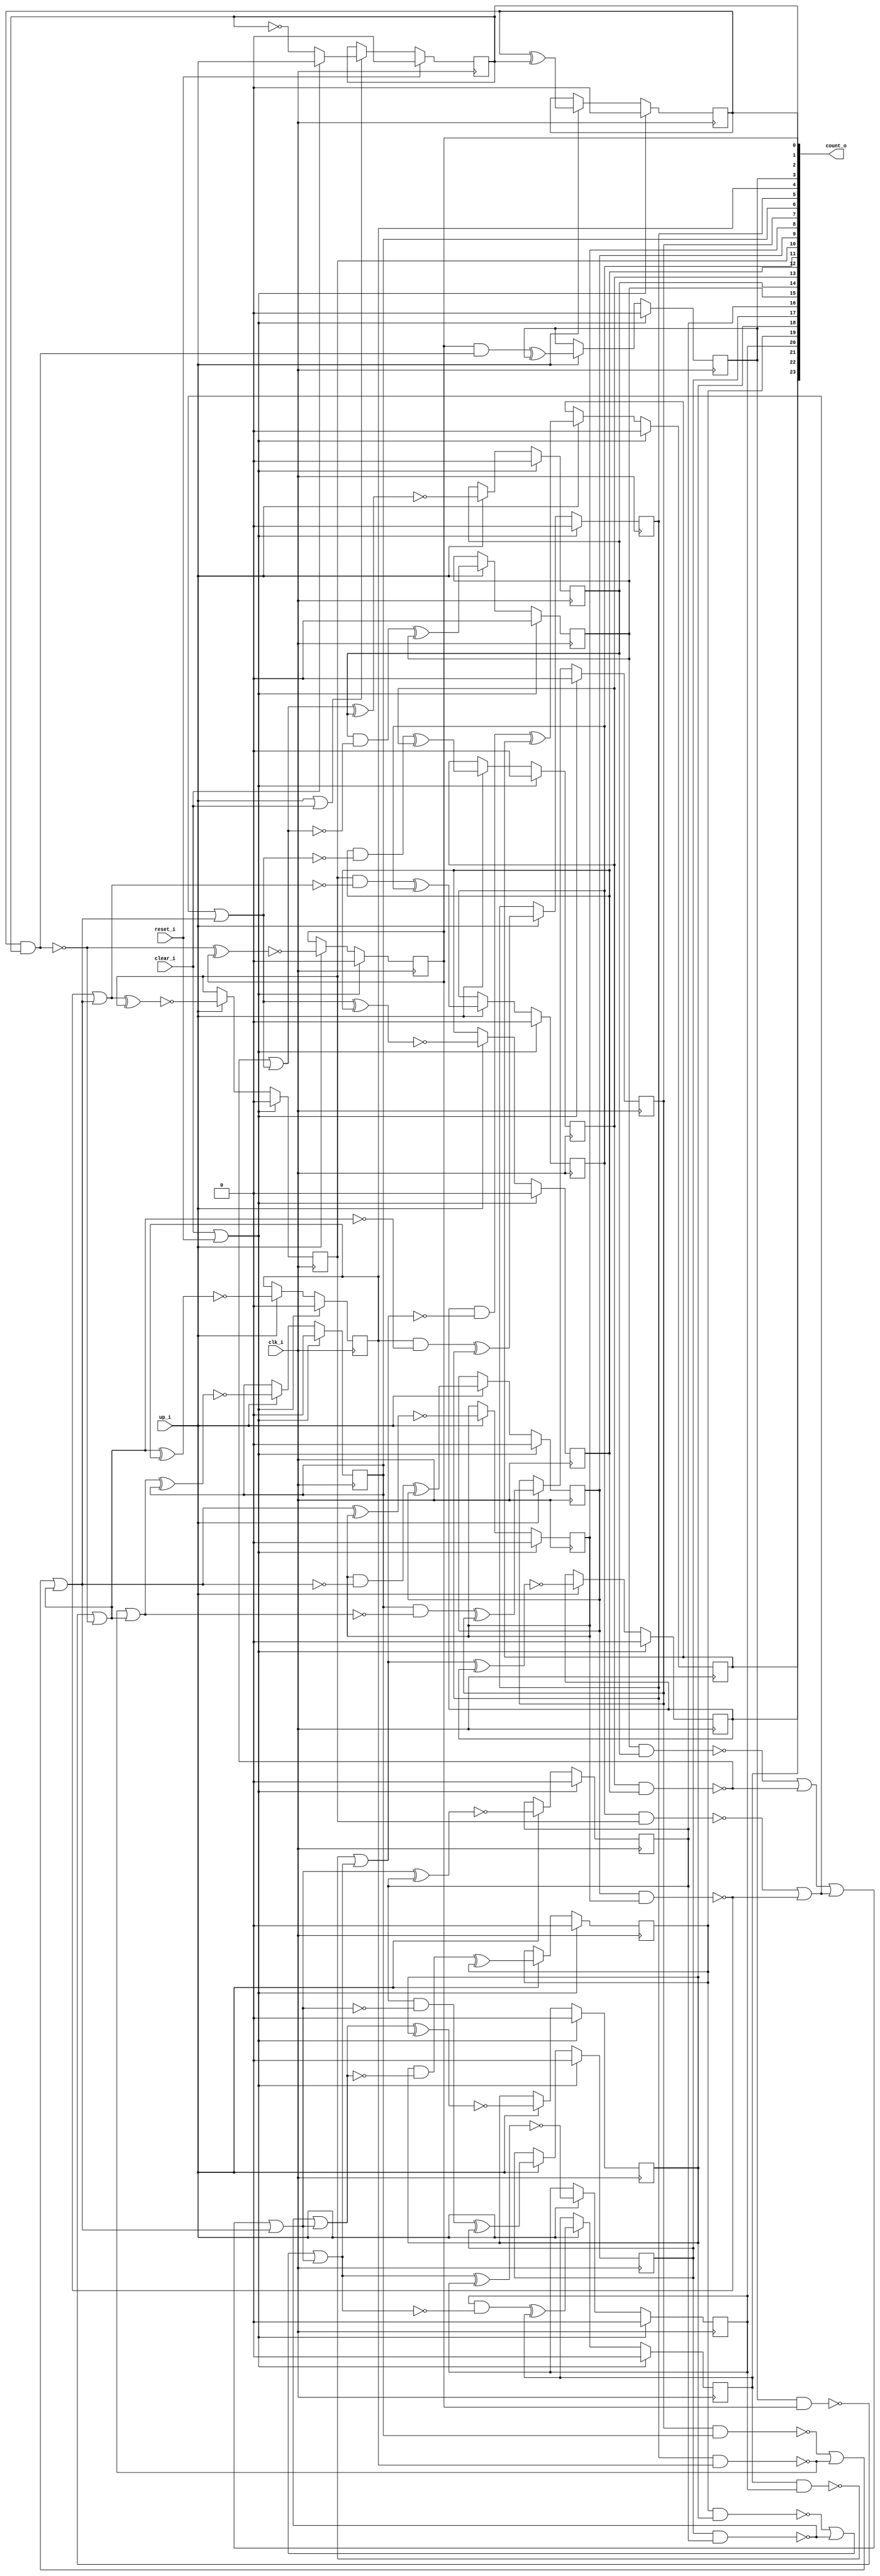
// This program was cloned from: https://github.com/chipsalliance/UHDM-integration-tests
// License: Apache License 2.0

/* Generated by Yosys 0.27+9 (git sha1 101d19bb6, gcc 11.2.0-7ubuntu2 -fPIC -Os) */

(* top =  1  *)

module bsg_counter_clear_up(clk_i, reset_i, clear_i, up_i, count_o);
  wire _000_;
  wire _001_;
  wire _002_;
  wire _003_;
  wire _004_;
  wire _005_;
  wire _006_;
  wire _007_;
  wire _008_;
  wire _009_;
  wire _010_;
  wire _011_;
  wire _012_;
  wire _013_;
  wire _014_;
  wire _015_;
  wire _016_;
  wire _017_;
  wire _018_;
  wire _019_;
  wire _020_;
  wire _021_;
  wire _022_;
  wire _023_;
  wire _024_;
  wire _025_;
  wire _026_;
  wire _027_;
  wire _028_;
  wire _029_;
  wire _030_;
  wire _031_;
  wire _032_;
  wire _033_;
  wire _034_;
  wire _035_;
  wire _036_;
  wire _037_;
  wire _038_;
  wire _039_;
  wire _040_;
  (* force_downto = 32'd1 *)
  
  (* unused_bits = "0" *)
  wire [23:0] _041_;
  
  input clear_i;
  wire clear_i;
  
  input clk_i;
  wire clk_i;
  
  output [23:0] count_o;
  reg [23:0] count_o;
  
  input reset_i;
  wire reset_i;
  
  input up_i;
  wire up_i;
  assign _001_ = clear_i | reset_i;
  assign _000_ = up_i | clear_i;
  assign _014_ = ~count_o[0];
  assign _002_ = clear_i ? up_i : _014_;
  assign _041_[1] = count_o[1] ^ count_o[0];
  assign _015_ = ~(count_o[1] & count_o[0]);
  assign _041_[2] = ~(_015_ ^ count_o[2]);
  assign _016_ = count_o[2] & ~(_015_);
  assign _041_[3] = _016_ ^ count_o[3];
  assign _017_ = ~(count_o[3] & count_o[2]);
  assign _018_ = _017_ | _015_;
  assign _041_[4] = ~(_018_ ^ count_o[4]);
  assign _019_ = count_o[4] & ~(_018_);
  assign _041_[5] = _019_ ^ count_o[5];
  assign _020_ = ~(count_o[5] & count_o[4]);
  assign _021_ = _020_ | _018_;
  assign _041_[6] = ~(_021_ ^ count_o[6]);
  assign _022_ = count_o[6] & ~(_021_);
  assign _041_[7] = _022_ ^ count_o[7];
  assign _023_ = ~(count_o[7] & count_o[6]);
  assign _024_ = _023_ | _020_;
  assign _025_ = _024_ | _018_;
  assign _041_[8] = ~(_025_ ^ count_o[8]);
  assign _026_ = count_o[8] & ~(_025_);
  assign _041_[9] = _026_ ^ count_o[9];
  assign _027_ = ~(count_o[9] & count_o[8]);
  assign _028_ = _027_ | _025_;
  assign _041_[10] = ~(_028_ ^ count_o[10]);
  assign _029_ = count_o[10] & ~(_028_);
  assign _041_[11] = _029_ ^ count_o[11];
  assign _030_ = ~(count_o[11] & count_o[10]);
  assign _031_ = _030_ | _027_;
  assign _032_ = _031_ | _025_;
  assign _041_[12] = ~(_032_ ^ count_o[12]);
  assign _033_ = count_o[12] & ~(_032_);
  assign _041_[13] = _033_ ^ count_o[13];
  assign _034_ = ~(count_o[13] & count_o[12]);
  assign _035_ = _034_ | _032_;
  assign _041_[14] = ~(_035_ ^ count_o[14]);
  assign _036_ = count_o[14] & ~(_035_);
  assign _041_[15] = _036_ ^ count_o[15];
  assign _037_ = ~(count_o[15] & count_o[14]);
  assign _038_ = _037_ | _034_;
  assign _039_ = _038_ | _031_;
  assign _040_ = _039_ | _025_;
  assign _041_[16] = ~(_040_ ^ count_o[16]);
  assign _003_ = count_o[16] & ~(_040_);
  assign _041_[17] = _003_ ^ count_o[17];
  assign _004_ = ~(count_o[17] & count_o[16]);
  assign _005_ = _004_ | _040_;
  assign _041_[18] = ~(_005_ ^ count_o[18]);
  assign _006_ = count_o[18] & ~(_005_);
  assign _041_[19] = _006_ ^ count_o[19];
  assign _007_ = ~(count_o[19] & count_o[18]);
  assign _008_ = _007_ | _004_;
  assign _009_ = _008_ | _040_;
  assign _041_[20] = ~(_009_ ^ count_o[20]);
  assign _010_ = count_o[20] & ~(_009_);
  assign _041_[21] = _010_ ^ count_o[21];
  assign _011_ = ~(count_o[21] & count_o[20]);
  assign _012_ = _011_ | _009_;
  assign _041_[22] = ~(_012_ ^ count_o[22]);
  assign _013_ = count_o[22] & ~(_012_);
  assign _041_[23] = _013_ ^ count_o[23];
  (* \always_ff  = 32'd1 *)
  
  always @(posedge clk_i)
    if (reset_i) count_o[0] <= 1'h0;
    else if (_000_) count_o[0] <= _002_;
  (* \always_ff  = 32'd1 *)
  
  always @(posedge clk_i)
    if (_001_) count_o[1] <= 1'h0;
    else if (up_i) count_o[1] <= _041_[1];
  (* \always_ff  = 32'd1 *)
  
  always @(posedge clk_i)
    if (_001_) count_o[2] <= 1'h0;
    else if (up_i) count_o[2] <= _041_[2];
  (* \always_ff  = 32'd1 *)
  
  always @(posedge clk_i)
    if (_001_) count_o[3] <= 1'h0;
    else if (up_i) count_o[3] <= _041_[3];
  (* \always_ff  = 32'd1 *)
  
  always @(posedge clk_i)
    if (_001_) count_o[4] <= 1'h0;
    else if (up_i) count_o[4] <= _041_[4];
  (* \always_ff  = 32'd1 *)
  
  always @(posedge clk_i)
    if (_001_) count_o[5] <= 1'h0;
    else if (up_i) count_o[5] <= _041_[5];
  (* \always_ff  = 32'd1 *)
  
  always @(posedge clk_i)
    if (_001_) count_o[6] <= 1'h0;
    else if (up_i) count_o[6] <= _041_[6];
  (* \always_ff  = 32'd1 *)
  
  always @(posedge clk_i)
    if (_001_) count_o[7] <= 1'h0;
    else if (up_i) count_o[7] <= _041_[7];
  (* \always_ff  = 32'd1 *)
  
  always @(posedge clk_i)
    if (_001_) count_o[8] <= 1'h0;
    else if (up_i) count_o[8] <= _041_[8];
  (* \always_ff  = 32'd1 *)
  
  always @(posedge clk_i)
    if (_001_) count_o[9] <= 1'h0;
    else if (up_i) count_o[9] <= _041_[9];
  (* \always_ff  = 32'd1 *)
  
  always @(posedge clk_i)
    if (_001_) count_o[10] <= 1'h0;
    else if (up_i) count_o[10] <= _041_[10];
  (* \always_ff  = 32'd1 *)
  
  always @(posedge clk_i)
    if (_001_) count_o[11] <= 1'h0;
    else if (up_i) count_o[11] <= _041_[11];
  (* \always_ff  = 32'd1 *)
  
  always @(posedge clk_i)
    if (_001_) count_o[12] <= 1'h0;
    else if (up_i) count_o[12] <= _041_[12];
  (* \always_ff  = 32'd1 *)
  
  always @(posedge clk_i)
    if (_001_) count_o[13] <= 1'h0;
    else if (up_i) count_o[13] <= _041_[13];
  (* \always_ff  = 32'd1 *)
  
  always @(posedge clk_i)
    if (_001_) count_o[14] <= 1'h0;
    else if (up_i) count_o[14] <= _041_[14];
  (* \always_ff  = 32'd1 *)
  
  always @(posedge clk_i)
    if (_001_) count_o[15] <= 1'h0;
    else if (up_i) count_o[15] <= _041_[15];
  (* \always_ff  = 32'd1 *)
  
  always @(posedge clk_i)
    if (_001_) count_o[16] <= 1'h0;
    else if (up_i) count_o[16] <= _041_[16];
  (* \always_ff  = 32'd1 *)
  
  always @(posedge clk_i)
    if (_001_) count_o[17] <= 1'h0;
    else if (up_i) count_o[17] <= _041_[17];
  (* \always_ff  = 32'd1 *)
  
  always @(posedge clk_i)
    if (_001_) count_o[18] <= 1'h0;
    else if (up_i) count_o[18] <= _041_[18];
  (* \always_ff  = 32'd1 *)
  
  always @(posedge clk_i)
    if (_001_) count_o[19] <= 1'h0;
    else if (up_i) count_o[19] <= _041_[19];
  (* \always_ff  = 32'd1 *)
  
  always @(posedge clk_i)
    if (_001_) count_o[20] <= 1'h0;
    else if (up_i) count_o[20] <= _041_[20];
  (* \always_ff  = 32'd1 *)
  
  always @(posedge clk_i)
    if (_001_) count_o[21] <= 1'h0;
    else if (up_i) count_o[21] <= _041_[21];
  (* \always_ff  = 32'd1 *)
  
  always @(posedge clk_i)
    if (_001_) count_o[22] <= 1'h0;
    else if (up_i) count_o[22] <= _041_[22];
  (* \always_ff  = 32'd1 *)
  
  always @(posedge clk_i)
    if (_001_) count_o[23] <= 1'h0;
    else if (up_i) count_o[23] <= _041_[23];
endmodule